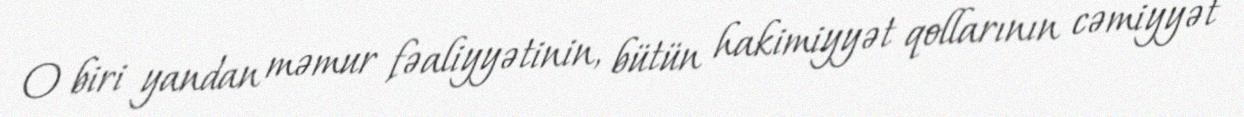
O biri yandan məmur fəaliyyətinin, bütün hakimiyyət qollarının cəmiyyət